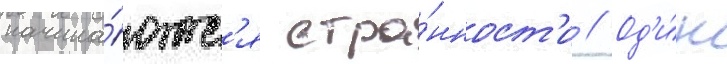
начина́ютс'я стра́нност'и // Од'и́н